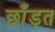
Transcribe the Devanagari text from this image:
छाँड़त